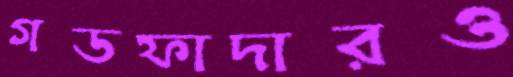
গডফাদারও